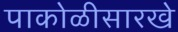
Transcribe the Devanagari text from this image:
पाकोळीसारखे